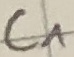
Text: C1